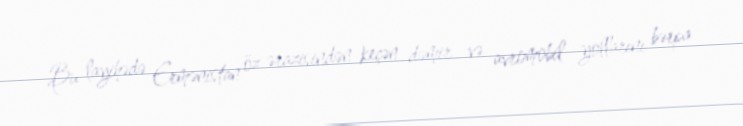
Bu layihədə Ermənistan öz ərazisindən keçən dəmir və avromobil yollarını bərpa